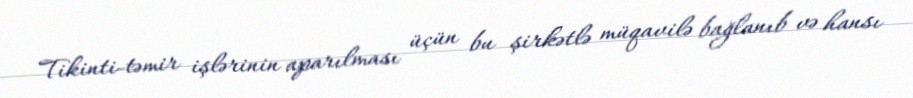
Tikinti-təmir işlərinin aparılması üçün bu şirkətlə müqavilə bağlanıb və hansı